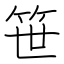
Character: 笹